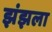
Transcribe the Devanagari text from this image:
झंझला